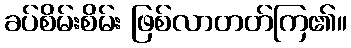
ခပ်စိမ်းစိမ်း ဖြစ်လာတတ်ကြ၏။